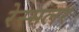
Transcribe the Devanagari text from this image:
रेस्सलर